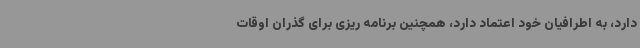
دارد، به اطرافیان خود اعتماد دارد، همچنین برنامه ریزی برای گذران اوقات